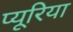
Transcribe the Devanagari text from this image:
प्यूरिया